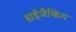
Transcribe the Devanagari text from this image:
हाईजैकिंग